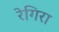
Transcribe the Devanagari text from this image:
रेगिरा